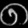
Digit: ၈